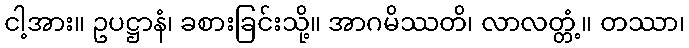
ငါ့အား။ ဥပဋ္ဌာနံ၊ ခစားခြင်းသို့။ အာဂမိဿတိ၊ လာလတ္တံ့။ တဿာ၊